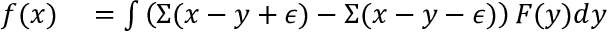
\begin{array} { r l } { f ( x ) } & { { } = \int \left( \Sigma ( x - y + \epsilon ) - \Sigma ( x - y - \epsilon ) \right) F ( y ) d y } \end{array}